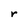
Character: r